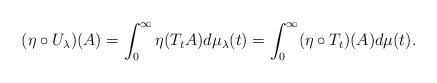
\begin{align*} (\eta \circ U_{\lambda})(A) = \int_0^{\infty} \eta (T_tA) d \mu_{\lambda}(t) = \int_0^{\infty} (\eta \circ T_t)(A) d \mu (t) .\end{align*}